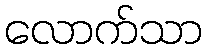
လောက်သာ